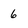
Character: 6